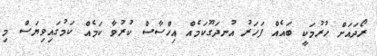
ރޯދައަށް ހުރުމަކީ ބައެއް ފަހަރު އުނދަގޫކަމެއް އިހްސާސް ކުރުވާ ކަމެއް ކަމުގައިވިޔަސް މި